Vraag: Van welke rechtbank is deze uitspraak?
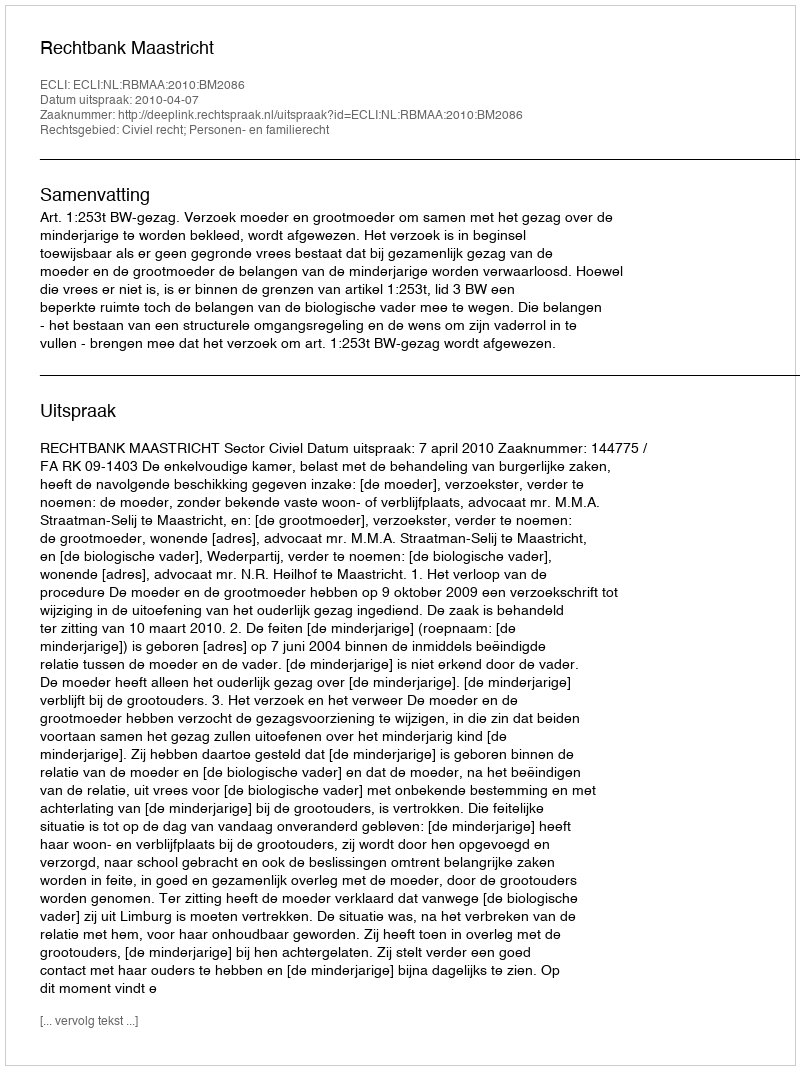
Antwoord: Rechtbank Maastricht